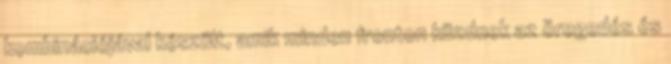
kombinációjával készült, amik minden fronton küzdnek az öregedés és